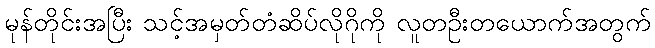
မုန်တိုင်းအပြီး သင့်အမှတ်တံဆိပ်လိုဂိုကို လူတဦးတယောက်အတွက်